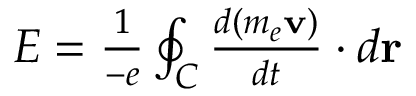
\begin{array} { r } { { \cal E } = { \frac { 1 } { - e } } \oint _ { C } { \frac { d ( m _ { e } { \bf v } ) } { d t } } \cdot d { \bf r } } \end{array}